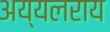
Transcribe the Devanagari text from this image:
अय्यलराय